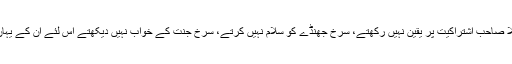
وہ واضح انداز میں یہ نہیں کہتے کہ چونکہ ملّا صاحب اشتراکیت پر یقین نہیں رکھتے، سرخ جھنڈے کو سلام نہیں کرتے، سرخ جنت کے خواب نہیں دیکھتے اس لئے ان کے یہاں واضح نقطۂ نظر کی کمی محسوس ہوتی ہے۔